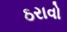
ઠરાવો